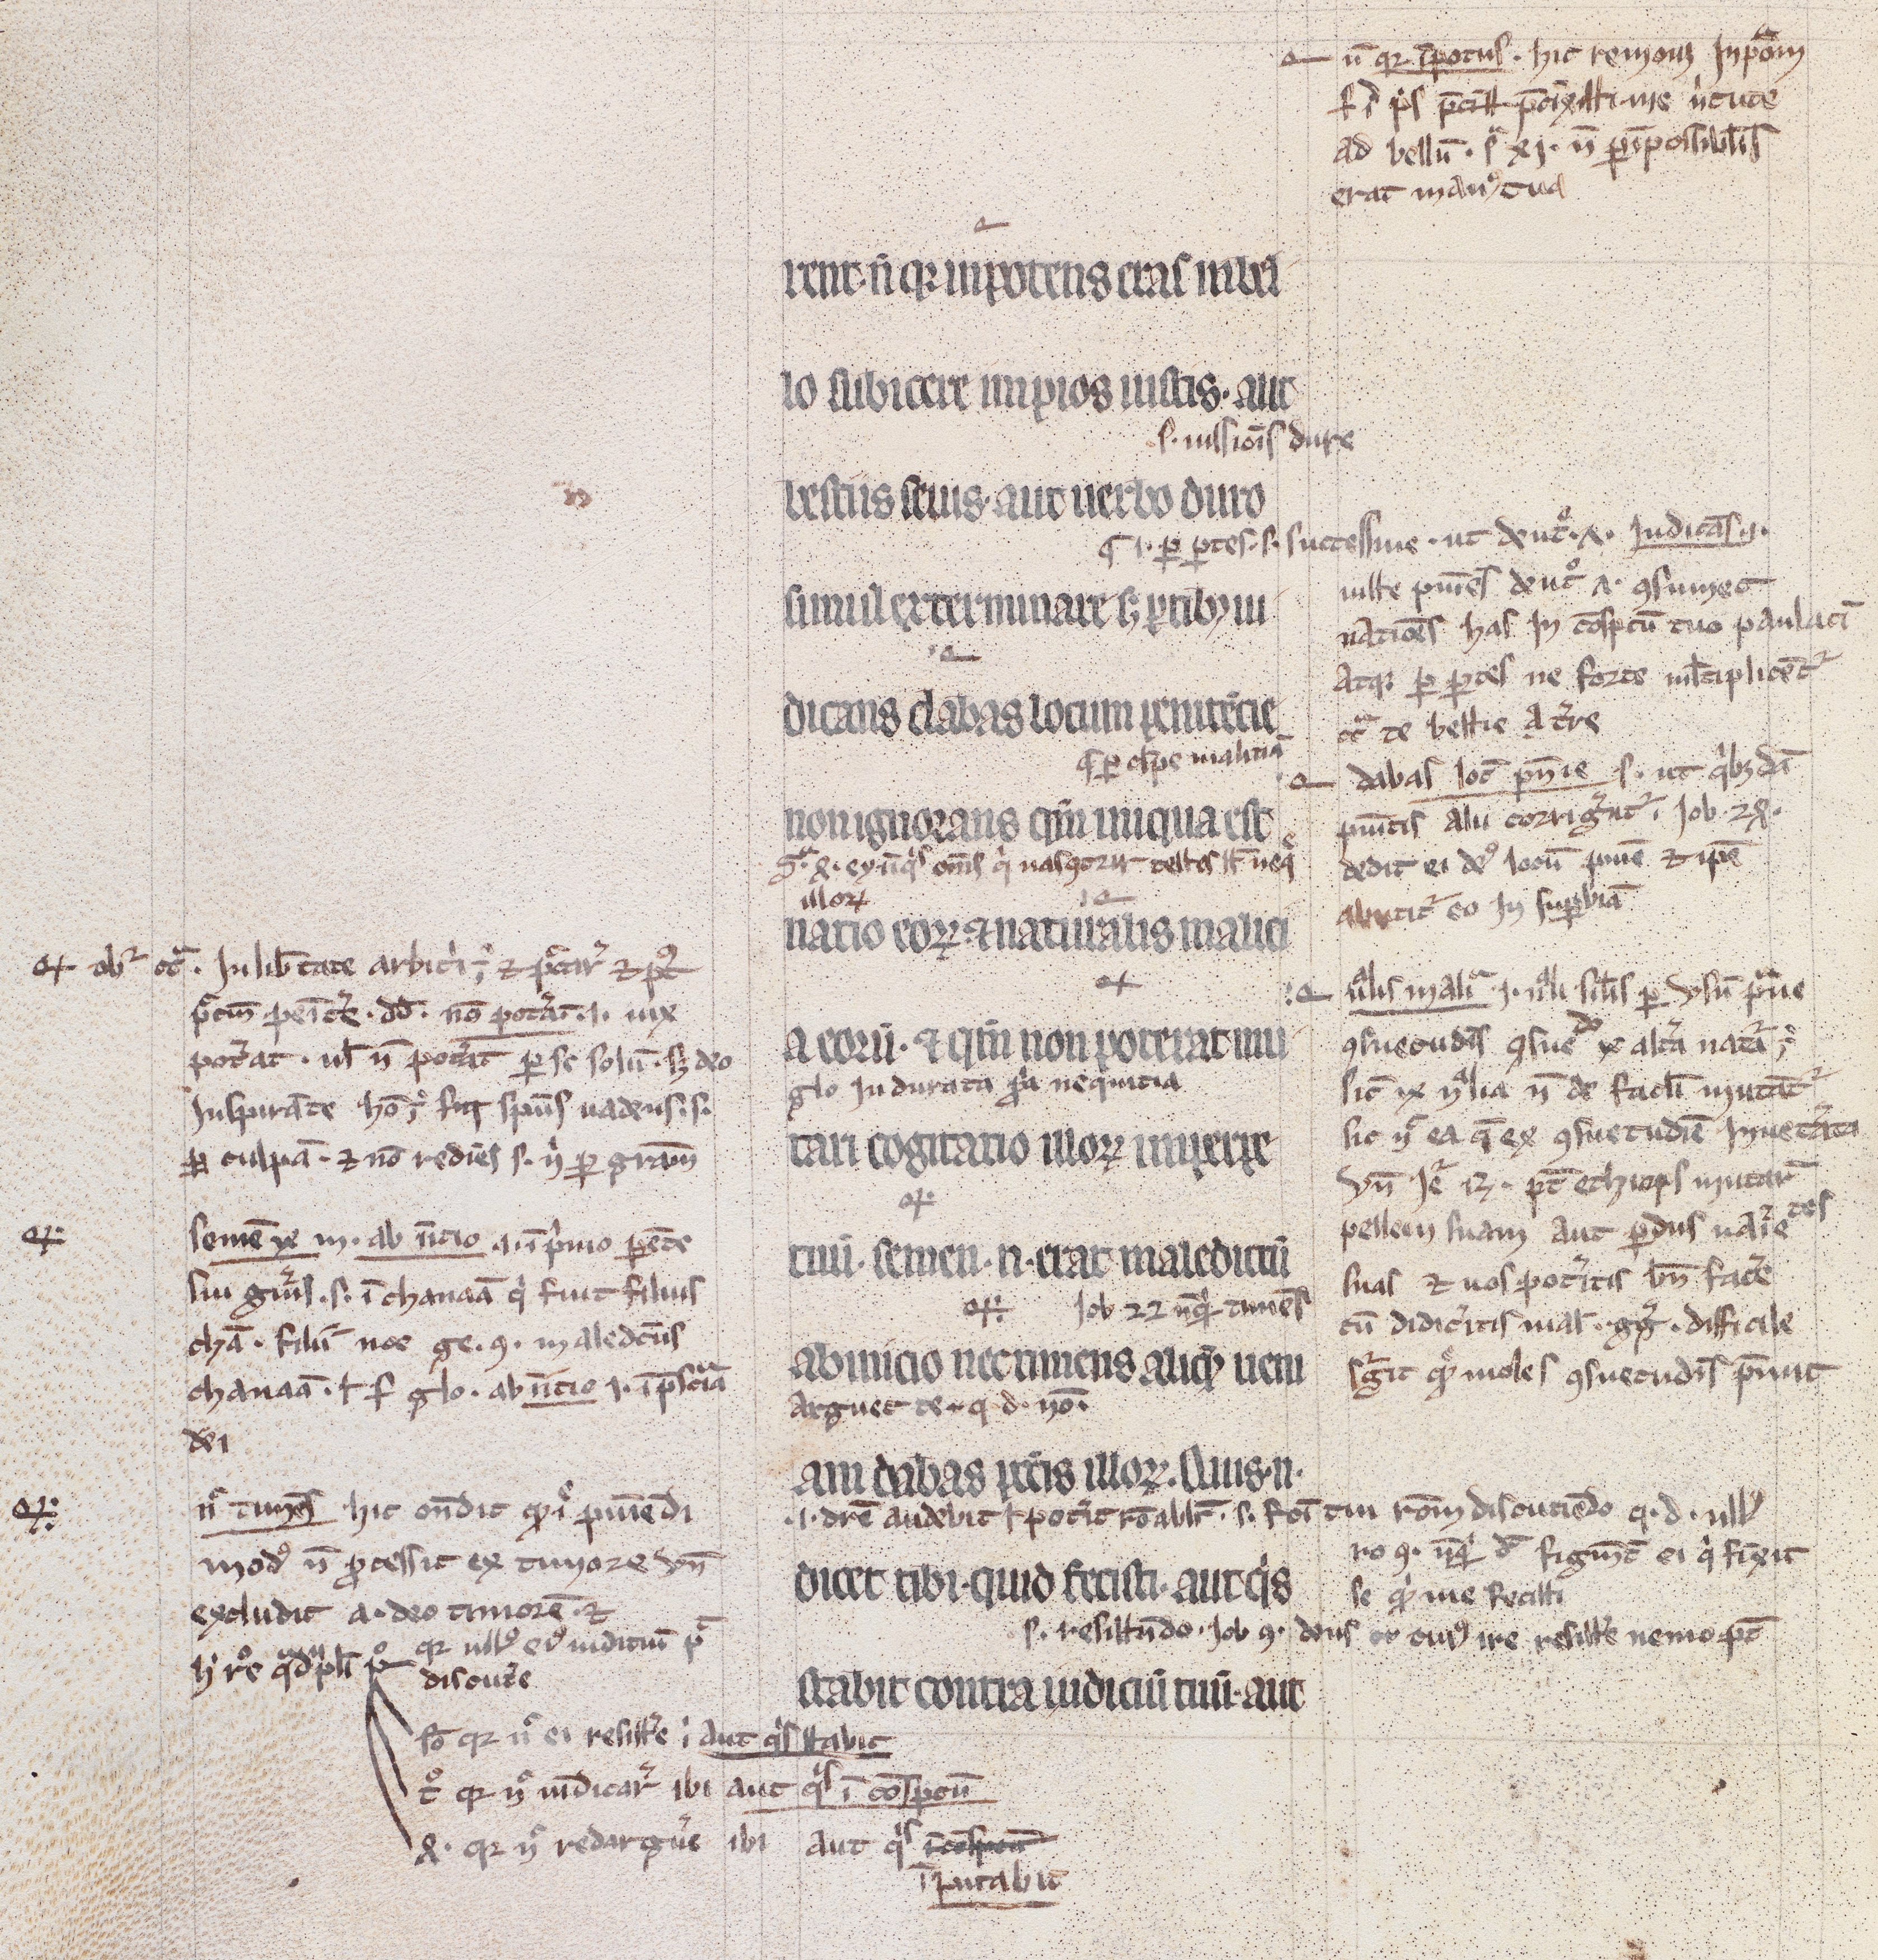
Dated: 1200–1299